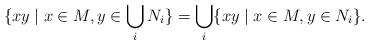
LaTeX: \begin{align*}\{xy\mid x\in M,y\in \bigcup_i N_i\}=\bigcup_i \{xy\mid x\in M,y\in N_i\}.\end{align*}